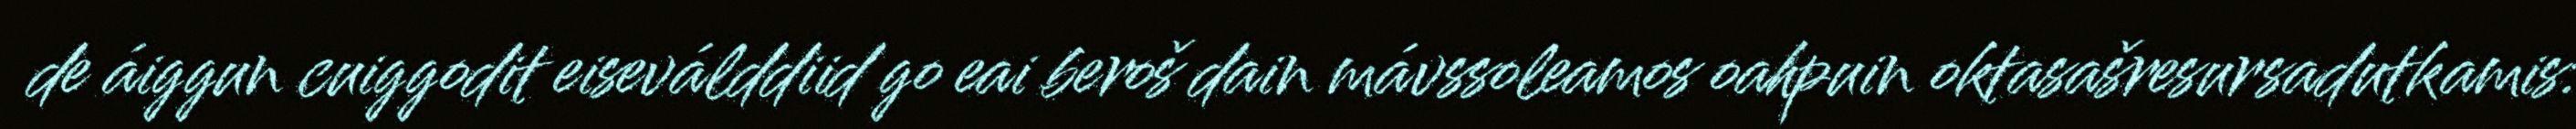
de áiggun cuiggodit eiseválddiid go eai beroš dain mávssoleamos oahpuin oktasašresursadutkamis: